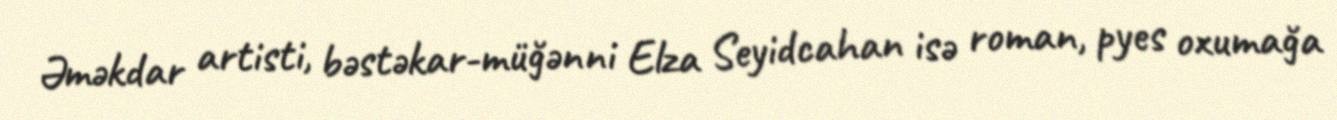
Əməkdar artisti, bəstəkar-müğənni Elza Seyidcahan isə roman, pyes oxumağa